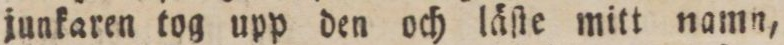
junkaren tog upp den och läſte mitt namn,